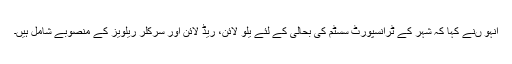
انہو ںنے کہا کہ شہر کے ٹرانسپورٹ سسٹم کی بحالی کے لئے یلو لائن، ریڈ لائن اور سرکلر ریلویز کے منصوبے شامل ہیں۔